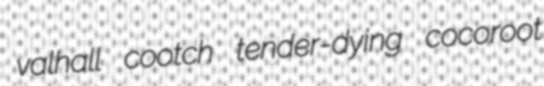
valhall cootch tender-dying cocoroot